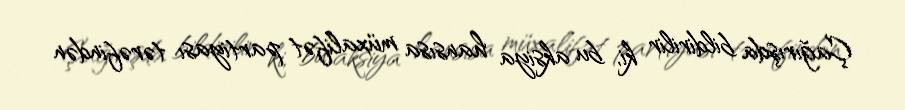
Çağırışda bildirilir ki, bu aksiya hansısa müxalifət partiyası tərəfindən